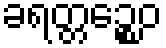
ခရတ္တဉ္စေဝ